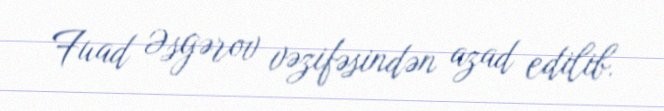
Fuad Əsgərov vəzifəsindən azad edilib.